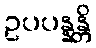
ဥပပန္နန္တိ